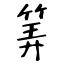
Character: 筭